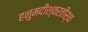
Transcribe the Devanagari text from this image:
हनुमदीश्वरतीर्थ